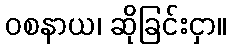
ဝစနာယ၊ ဆိုခြင်းငှာ။